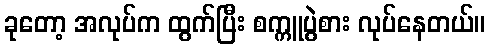
ခုတော့ အလုပ်က ထွက်ပြီး စက္ကူပွဲစား လုပ်နေတယ်။